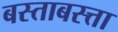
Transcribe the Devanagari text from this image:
बस्ताबस्त्ता